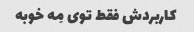
کاربردش فقط توی مِه خوبه